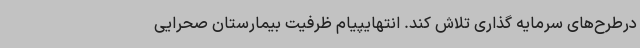
درطرح‌های سرمایه گذاری تلاش کند. انتهایپیام ظرفیت بیمارستان صحرایی